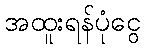
အထူးရန်ပုံငွေ